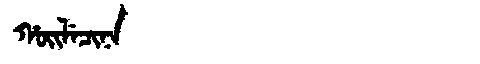
Manchu: ᡥᠣᡳᠯᡝᠴᡳᠨᠠ
Romanization: HOILECINA